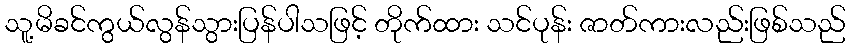
သူ့မိခင်ကွယ်လွန်သွားပြန်ပါသဖြင့် တိုက်ထား သင်ပုန်း ဇာတ်ကားလည်းဖြစ်သည်